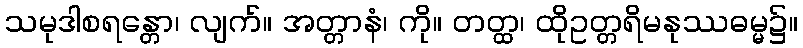
သမုဒါစရန္တော၊ လျက်။ အတ္တာနံ၊ ကို။ တတ္ထ၊ ထိုဥတ္တရိမနုဿဓမ္မ၌။